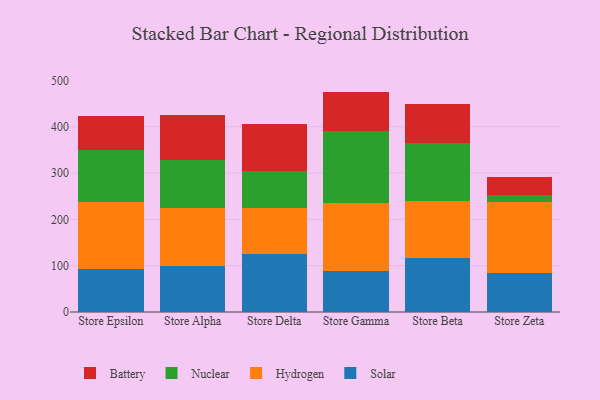
{"axis": {"x": "Store", "y": "Gross Profit (USD K)"}, "legend": ["Battery", "Hydrogen", "Nuclear", "Solar"], "data": [{"x": "Store Epsilon", "y": 92.9, "type": "Solar"}, {"x": "Store Epsilon", "y": 144.6, "type": "Hydrogen"}, {"x": "Store Epsilon", "y": 113.3, "type": "Nuclear"}, {"x": "Store Epsilon", "y": 73.0, "type": "Battery"}, {"x": "Store Alpha", "y": 98.4, "type": "Solar"}, {"x": "Store Alpha", "y": 126.0, "type": "Hydrogen"}, {"x": "Store Alpha", "y": 104.5, "type": "Nuclear"}, {"x": "Store Alpha", "y": 96.8, "type": "Battery"}, {"x": "Store Delta", "y": 124.3, "type": "Solar"}, {"x": "Store Delta", "y": 100.6, "type": "Hydrogen"}, {"x": "Store Delta", "y": 80.0, "type": "Nuclear"}, {"x": "Store Delta", "y": 100.4, "type": "Battery"}, {"x": "Store Gamma", "y": 88.1, "type": "Solar"}, {"x": "Store Gamma", "y": 147.0, "type": "Hydrogen"}, {"x": "Store Gamma", "y": 155.7, "type": "Nuclear"}, {"x": "Store Gamma", "y": 85.1, "type": "Battery"}, {"x": "Store Beta", "y": 117.0, "type": "Solar"}, {"x": "Store Beta", "y": 122.6, "type": "Hydrogen"}, {"x": "Store Beta", "y": 125.3, "type": "Nuclear"}, {"x": "Store Beta", "y": 83.7, "type": "Battery"}, {"x": "Store Zeta", "y": 84.6, "type": "Solar"}, {"x": "Store Zeta", "y": 153.4, "type": "Hydrogen"}, {"x": "Store Zeta", "y": 14.6, "type": "Nuclear"}, {"x": "Store Zeta", "y": 38.9, "type": "Battery"}]}